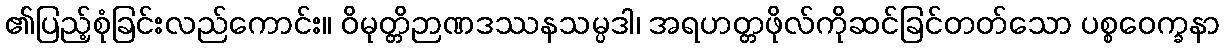
၏ပြည့်စုံခြင်းလည်ကောင်း။ ဝိမုတ္တိဉာဏဒဿနသမ္ပဒါ၊ အရဟတ္တဖိုလ်ကိုဆင်ခြင်တတ်သော ပစ္စဝေက္ခနာ